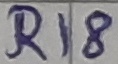
Text: R18